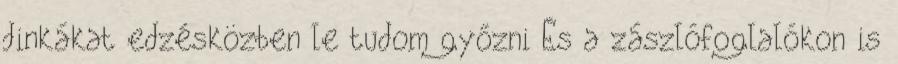
dinkákat edzésközben le tudom győzni És a zászlófoglalókon is